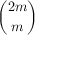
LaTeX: \binom { 2 m } { m }